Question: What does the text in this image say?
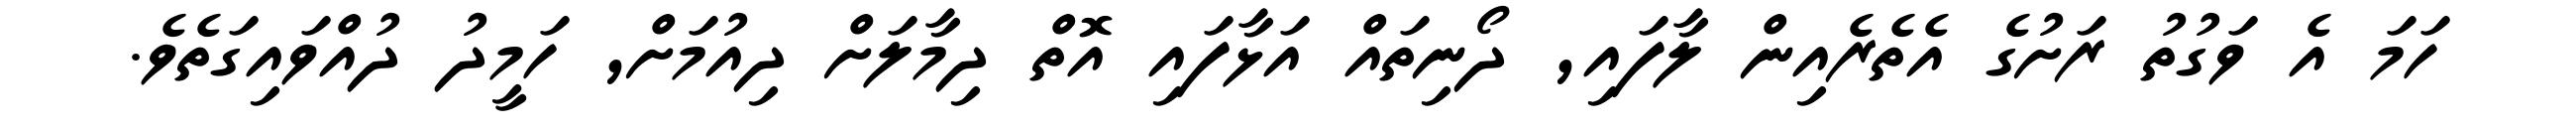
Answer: ހަމަ އެ ވަގުތު ރަށުގެ އެތެރެއިން ލާފައި, ދޯނިތައް އަޅާފައި އޮތް ދިމާލަށް ދިއުމަށް, ހަމީދު ދުއްވައިގަތެވެ.